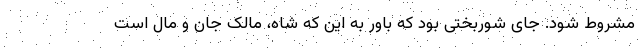
مشروط شود. جای شوربختی بود که باور به این که شاه، مالک جان و مال است